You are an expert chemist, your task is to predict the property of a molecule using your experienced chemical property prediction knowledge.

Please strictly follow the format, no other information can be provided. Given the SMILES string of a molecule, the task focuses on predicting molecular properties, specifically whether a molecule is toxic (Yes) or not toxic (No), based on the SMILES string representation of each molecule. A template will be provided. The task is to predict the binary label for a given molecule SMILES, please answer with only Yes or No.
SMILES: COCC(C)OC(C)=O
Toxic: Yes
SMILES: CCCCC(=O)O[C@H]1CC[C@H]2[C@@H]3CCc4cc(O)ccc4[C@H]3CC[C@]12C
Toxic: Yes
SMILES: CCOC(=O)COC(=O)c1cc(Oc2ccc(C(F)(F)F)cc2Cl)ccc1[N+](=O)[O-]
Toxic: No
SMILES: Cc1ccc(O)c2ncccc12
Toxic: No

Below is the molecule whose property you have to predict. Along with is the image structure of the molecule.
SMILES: CCOC(=O)C(SP(=S)(OC)OC)c1ccccc1
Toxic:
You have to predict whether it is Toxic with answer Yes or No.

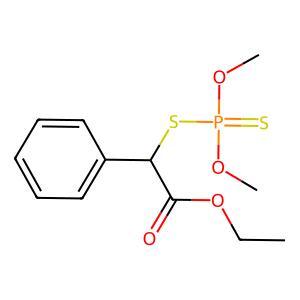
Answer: No